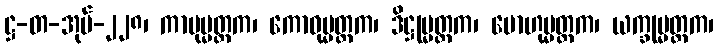
ဋ္ဌ-တ-အုပ်-၂၂၈၊ ကာမုမ္မတ္တက၊ ကောဓုမ္မတ္တက၊ ဒိဋ္ဌုမ္မတ္တက၊ မောဟုမ္မတ္တက၊ ယက္ခုမ္မတ္တက၊